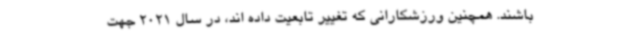
باشند. همچنین ورزشکارانی که تغییر تابعیت داده اند، در سال 2021 جهت